Annual administration report of the Civil Veterinary Department of India - 1897-1898
Year: 1897
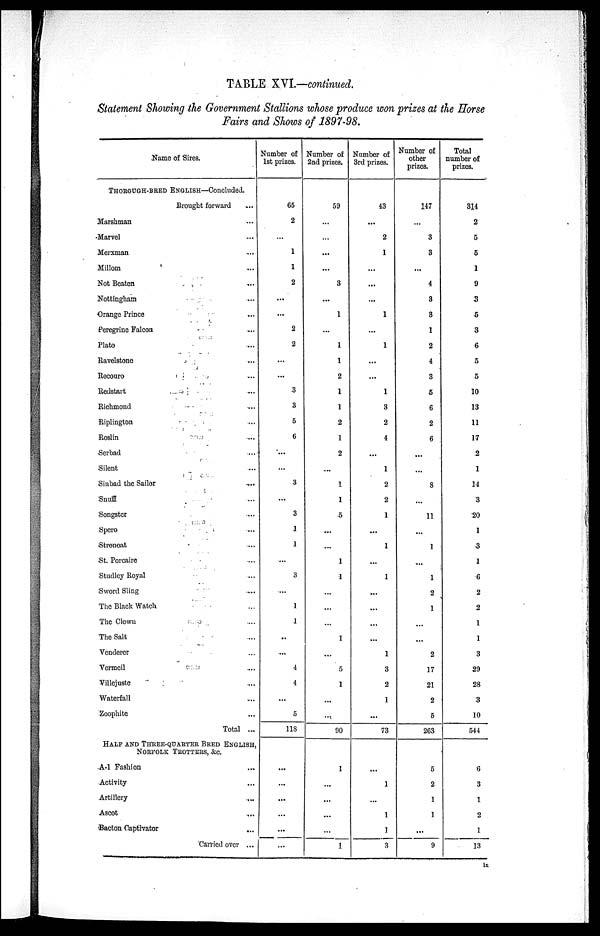
TABLE XVI.—continued.
Statement Showing the Government Stallions whose produce won prizes at the Horse
Fairs and Shows of 1897—98.
Name of Sires.
THOROUGH—BRED ENGLISH—Concluded.
Brought forward ...
Marshman ...
Marvel ...
Merxman ...
Millom ...
Not Beaten ...
Nottingham ...
Orange Prince ...
Peregrine Falcon ...
Plato ...
Ravelstone ...
Recouro ...
Redstart ...
Richmond ...
Riplington ...
Roslin ...
Serbad ...
Silent ...
Sinbad the Sailor ...
Snuff ...
Songster ...
Spero ...
Stronoat ...
St. Porcaire ...
Studley Royal ...
Sword Sling ...
The Black Watch ...
The Clown ...
The Salt ...
Venderer ...
Vermeil ...
Villejuste ...
Waterfall ...
Zoophite ...
Total ...
HALF AND THREE—QUARTER BRED ENGLISH,
NORFOLK TROTTERS, &c.
A—1 Fashion ...
Activity ...
Artillery ...
Ascot ...
Bacton Captivator ...
Carried over ...
Number of
1st prizes.
65
2
...
1
1
2
...
...
2
2
...
...
3
3
5
6
...
...
3
...
3
1
1
...
3
...
1
1
..
...
4
4
...
5
118
...
...
...
...
...
...
Number of
2nd prizes.
59
...
...
...
...
3
...
1
...
1
1
2
1
1
2
1
2
...
1
1
5
...
...
1
1
...
...
...
1
...
5
1
...
...
90
1
...
...
...
...
1
Number of
3rd prizes.
43
...
2
1
...
...
...
1
...
1
...
...
1
3
2
4
...
1
2
2
1
...
1
...
1
...
...
...
...
1
3
2
1
...
73
...
1
...
1
1
3
Number of
other
prizes.
147
...
3
3
...
4
3
3
1
2
4
3
5
6
2
6
...
...
8
...
11
...
1
...
1
2
1
...
...
2
17
21
2
5
263
5
2
1
1
...
9
Total
number of
prizes.
314
2
5
5
1
9
3
5
3
6
5
5
10
13
11
17
2
1
14
3
20
1
3
1
6
2
2
1
1
3
29
28
3
10
544
6
3
1
2
1
13
lx